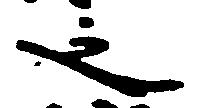
之